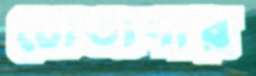
চোতাদার